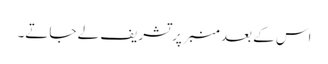
اس کے بعد منبر پر تشریف لے جاتے۔